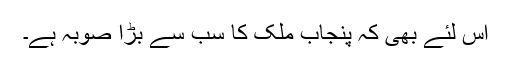
اس لئے بھی کہ پنجاب ملک کا سب سے بڑا صُوبہ ہے۔